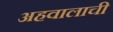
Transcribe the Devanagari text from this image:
अहवालाची